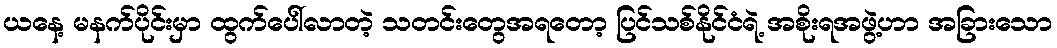
ယနေ့ မနက်ပိုင်းမှာ ထွက်ပေါ်လာတဲ့ သတင်းတွေအရတော့ ပြင်သစ်နိုင်ငံရဲ့ အစိုးရအဖွဲ့ဟာ အခြားသော